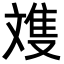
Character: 𪯩